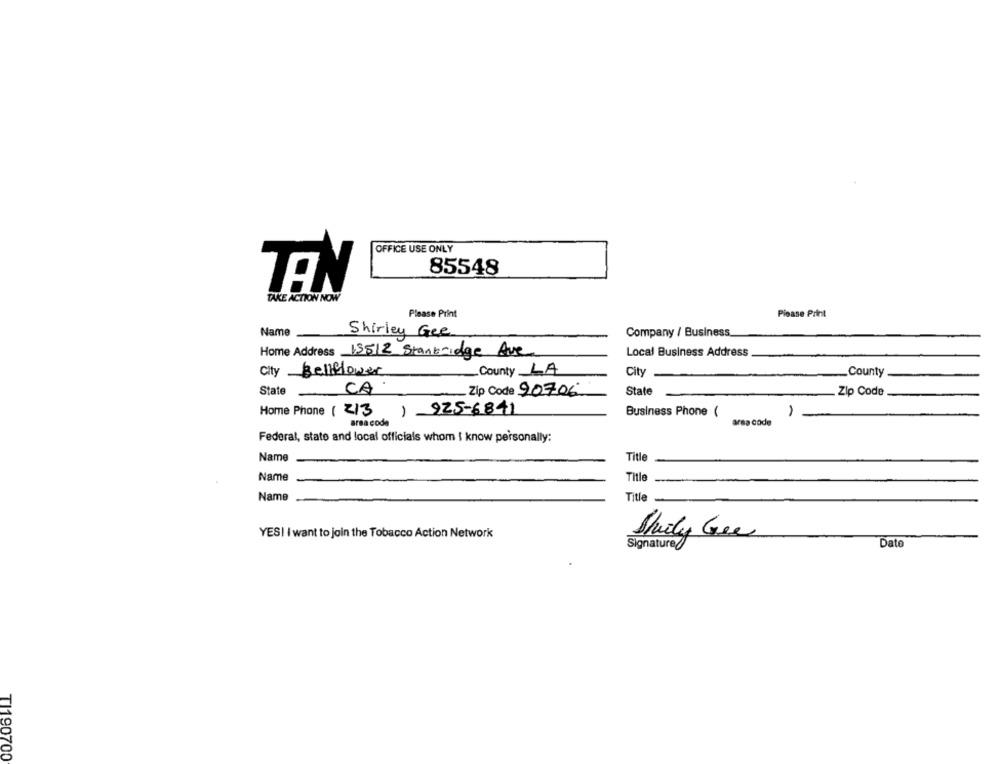
OFFICE USE ONLY
85548
TEN
TAKE ACTION NOW
Please Print
Please Print
Name
Shirley Gee
Company / Business
Local Business Address
Home Address 13512 Stanbridge Ave
City Bellflower
County LA
City
.County
State
CA
State
Zip Code 90706
Zip Code
Home Phone ( 2/3
1925-6841
Business Phone (
area code
area code
Federal, state and local officials whom i know personally:
Name
Title
Name
Title
Name
Title
YES! I want to join the Tobacco Action Network
Shuily Cee
Dato
Signature
TI190700